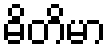
ဓိတိမာ